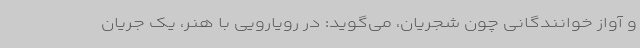
و آواز خوانندگانی چون شجریان، می‌گوید: در رویارویی با هنر، یک جریان